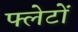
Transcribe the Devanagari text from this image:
फ्लेटों